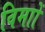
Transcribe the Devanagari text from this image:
विमाों